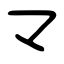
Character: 龴